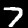
Digit: 7